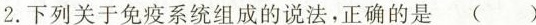
2.下列关于免疫系统组成的说法，正确的是 ( )